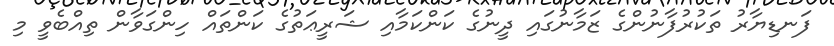
ފަނޑިޔާރު ތަކުރުފާނުންގެ ޒަމާނުގައި ދީނުގެ ކަންކަމާއި ޝަރީޢަތުގެ ކަންތައް ހިންގަވާން ތިއްބެވީ މި